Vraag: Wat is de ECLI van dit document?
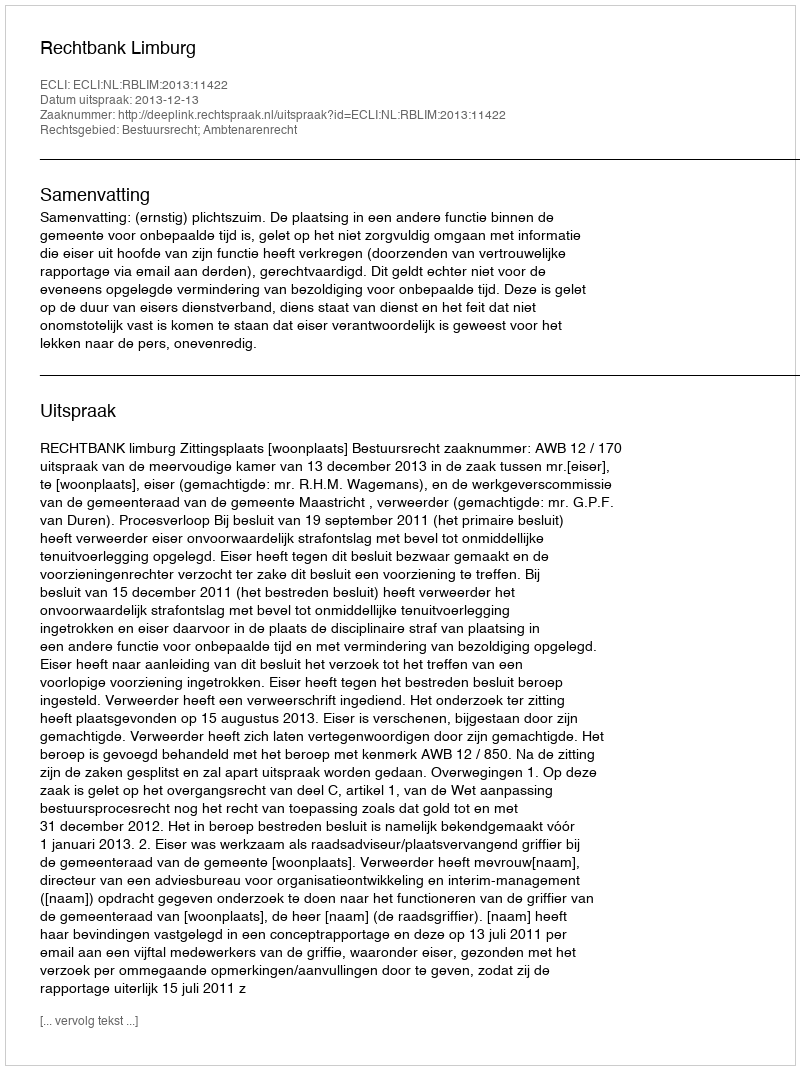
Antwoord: ECLI:NL:RBLIM:2013:11422